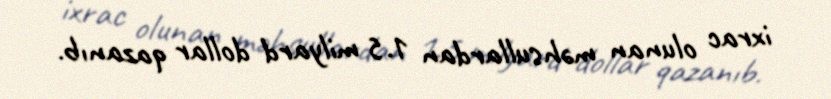
ixrac olunan məhsullardan 1.5 milyard dollar qazanıb.